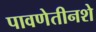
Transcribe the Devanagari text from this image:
पावणेतीनशे